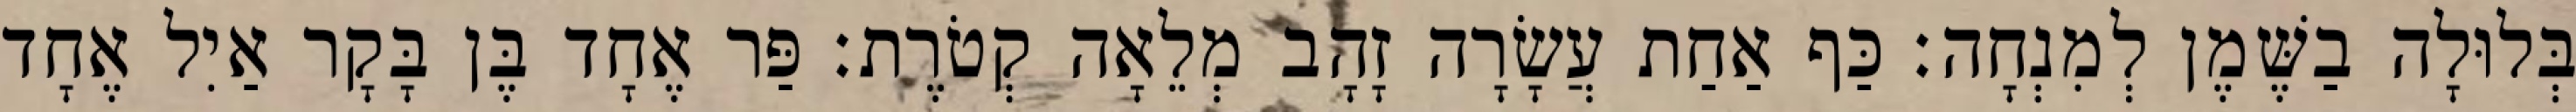
בְּלוּלָה בַשֶּׁמֶן לְמִנְחָה׃ כַּף אַחַת עֲשָׂרָה זָהָב מְלֵאָה קְטֹרֶת׃ פַּר אֶחָד בֶּן בָּקָר אַיִל אֶחָד